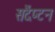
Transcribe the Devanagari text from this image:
सदैंप्टन